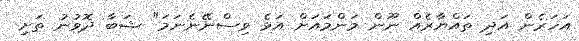
އަހަރެން އަދި ތައްޔާރެއް ނޫން މަންމައަށް އަޅެ ވިސްނޭނެނަމަ" ޝަބާ ދޮވުނު ތަށި